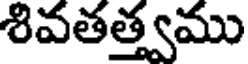
శివతత్త్వము